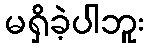
မရှိခဲ့ပါဘူး